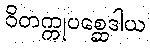
ဝိတက္ကုပစ္ဆေဒါယ